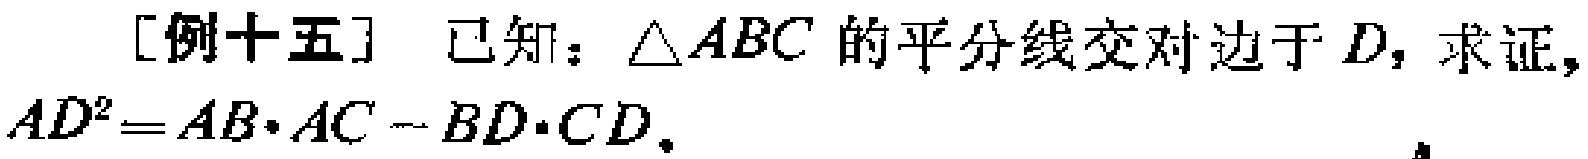
[例十五] 已知：$\triangle ABC$ 的平分线交对边于 $D$，求证，$AD^{2}=AB\cdot AC - BD\cdot CD$。